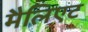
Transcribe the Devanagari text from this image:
मैलिएट